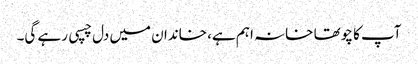
آپ کا چوتھا خانہ اہم ہے، خاندان میں دل چسپی رہے گی۔